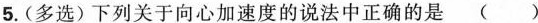
5.(多选) 下列关于向心加速度的说法中正确的是 ( )